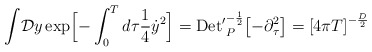
\begin{align*}{\displaystyle\int} {\cal D} y\, {\rm exp}\Bigl [- \int_0^T d\tau{1\over 4}{\dot y}^2\Bigr ]={\rm Det'}^{-{1\over 2}}_P\bigl[ -{\partial}^2_{\tau}\bigr]= {\lbrack 4\pi T\rbrack}^{-{D\over 2}}\\\end{align*}